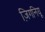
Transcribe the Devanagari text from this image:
ज़िगनियू